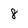
Character: 8